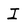
Character: I